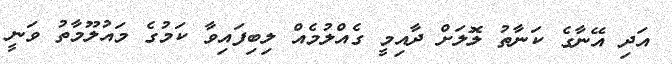
އަދި އޭނާގެ ކަނާތު ލޮލަށް ދާއިމީ ގެއްލުމެއް ލިބިފައިވާ ކަމުގެ މައުލޫމާތު ވަނީ